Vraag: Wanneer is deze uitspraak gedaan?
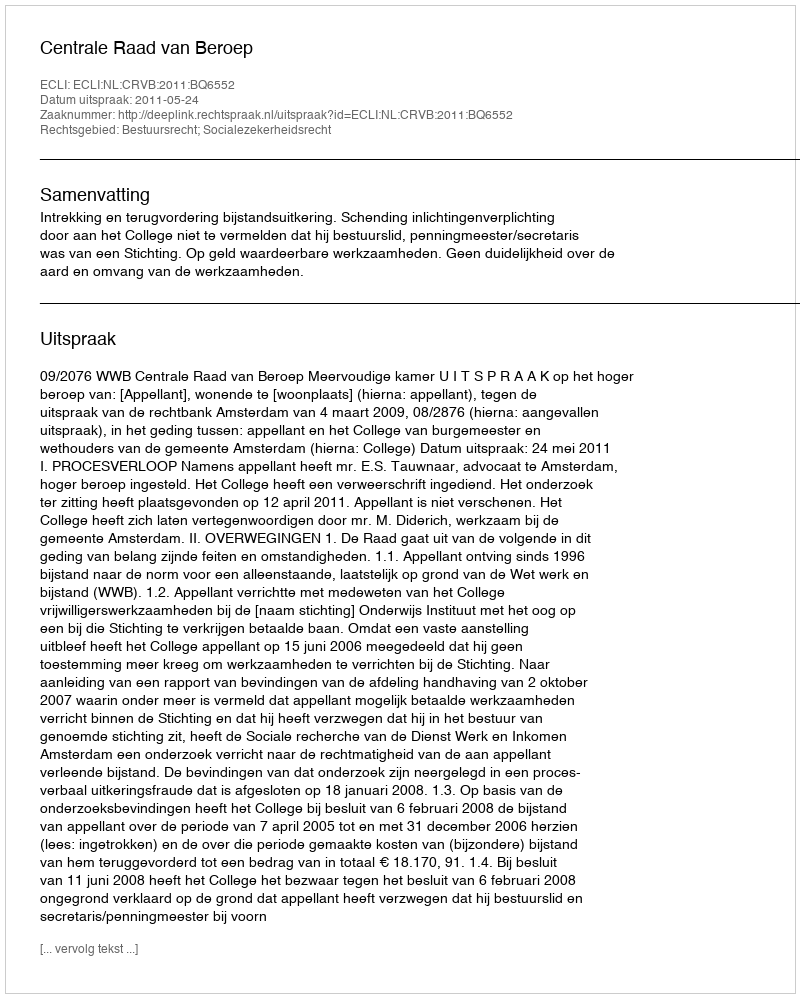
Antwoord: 2011-05-24